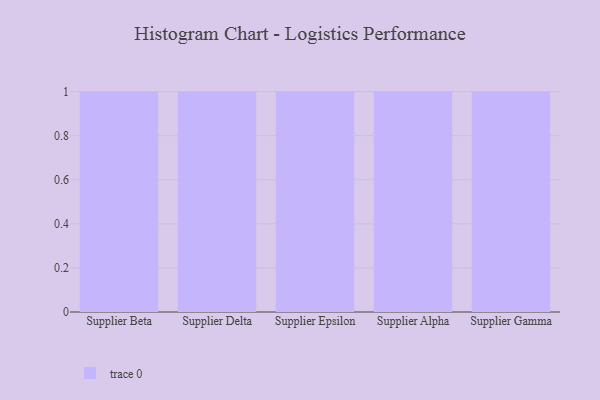
{"axis": {"x": "Supplier", "y": "Temperature (°C)"}, "legend": [""], "data": [{"x": "Supplier Beta", "y": 44, "type": ""}, {"x": "Supplier Delta", "y": 55, "type": ""}, {"x": "Supplier Epsilon", "y": 86, "type": ""}, {"x": "Supplier Alpha", "y": 16, "type": ""}, {"x": "Supplier Gamma", "y": 16, "type": ""}]}